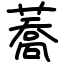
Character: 蕎